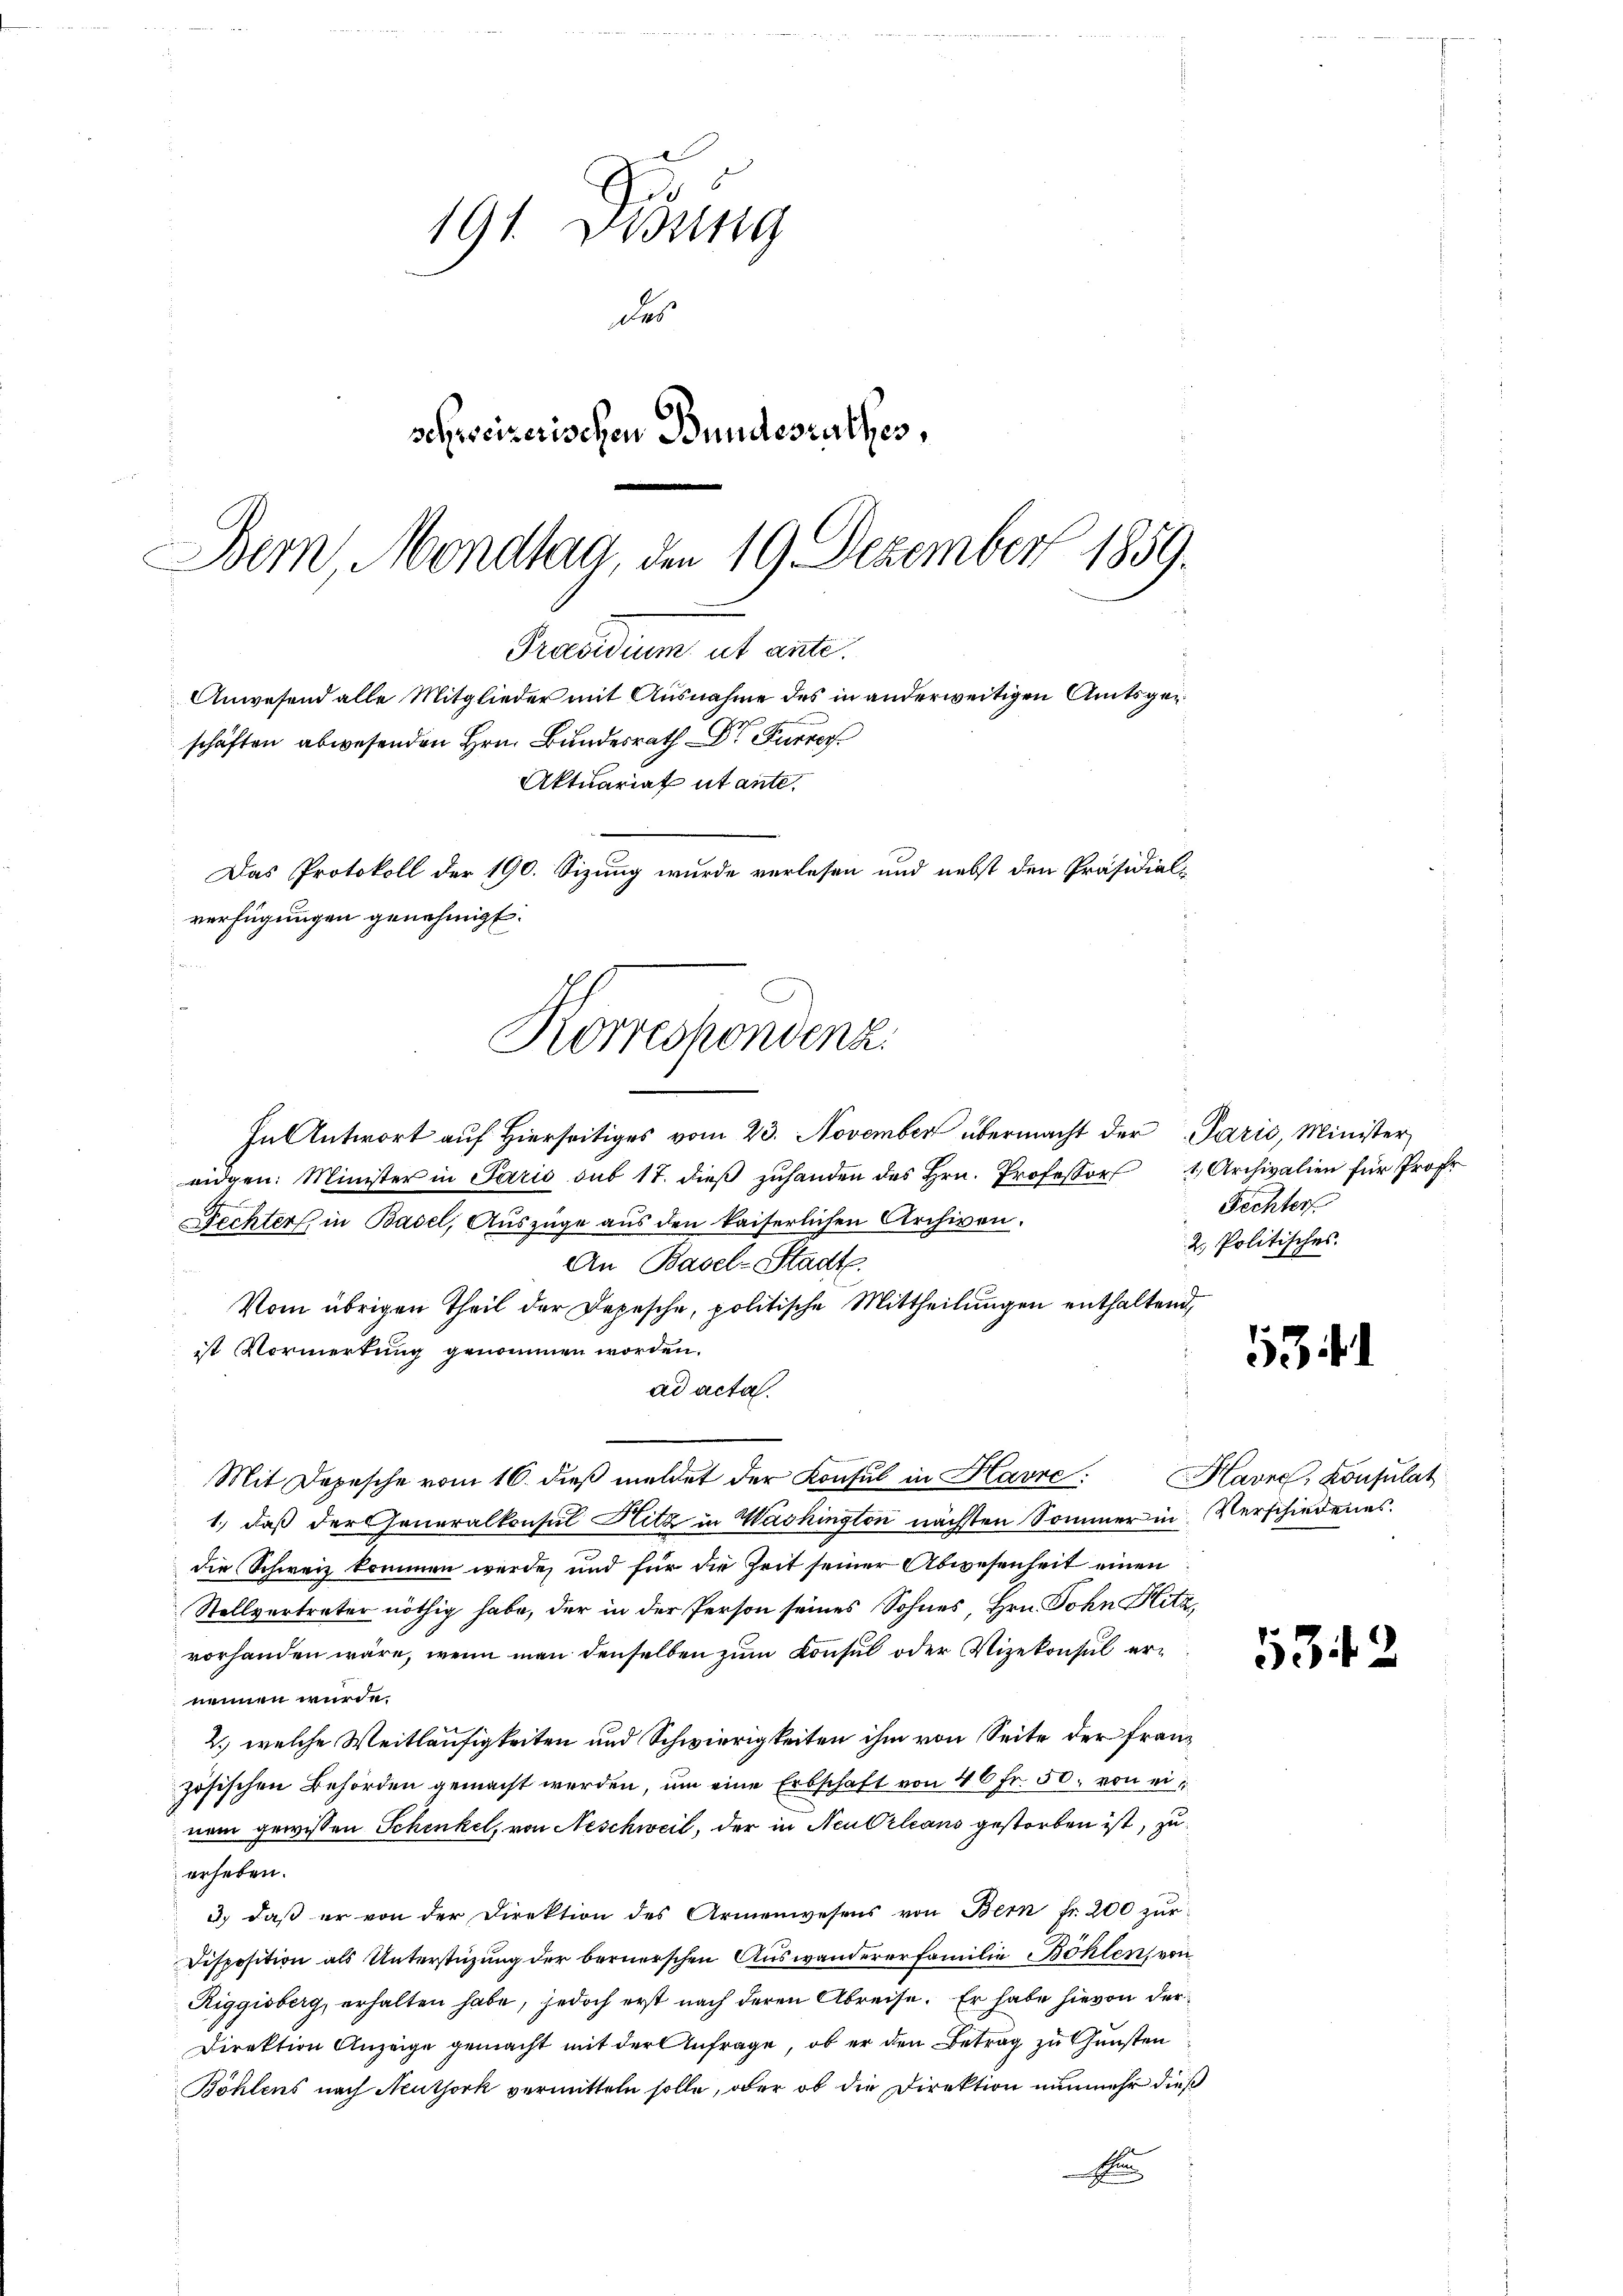
191. Dessing
des
schweizerischen Bundesrathes,
Bern, Mondlag, den 19. Dezember 1859.

Præsidium ut ante.
schäften senden Hrn.
Aktuariat utante.
Das Protokoll der 190. Sizung wurde verlesen und nebst den Präsidialverfügungen genehmigt.
Korrechendenz

.
In Antwort auf hierseitiges vom 23. November übermacht der Parić, Minister
eidgen. Minister in Paris sub 17. dieβ zŭhanden des Hrn. Professor 1, Archivalien für Profe
Rechter, in Basel, Auszüge aus den kaiserlichen Archiven.
An Basel-Stadt.
Vom übrigen Theil der Depesche, politische Mittheilungen enthaltend,
ist Vormerkung genommen worden.
ad acta.
Mit Depesche vom 16. dieβ meldet der Konsul in Havre: Havre, Konsulat
1.) daß der Generalkonsul Hitz in Washington nächsten Sommer in Verschiedenes.
die Schweiz kommen werde, und für die Zeit seiner Abwesenheit einen
Stellvertreter nöthig habe, der in der Person seines Sohnes, Hrn. John Blitz,
vorhanden wäre, wenn man denselben zum Konsul oder Vizekonsul ernennen wurde.
2., welche Weitläufigkeiten und Schwierigkeiten ihm von Seite der französischen Behörden gemacht werden, um eine Erbschaft von 40 Fr. 50. von einem gewissen Schenkel, von Neschweil, der in Neu Orleans gestorben ist, zu
erheben.
3.) daß er von der Direktion des Armenwesens von Bern fr. 200 zur
Disposition als Unterstüzung der bernerschen Auswandererfamilie Böhlen, von
Riggisberg, erhalten habe, jedoch erst nach deren Abreise. Er habe hievon der
Direktion Anzeige gemacht mit der Anfrage, ob er den Betrag zu Gunsten
Böhlens nach Neuthork vermitteln solle, ober ob die Direktion nunmehr dieß
E

Anwesend alle Mitglieder mit Ausnahme des in anderweitigen Amtsgen

Fechter
2. Politisches.

534

1

2.